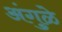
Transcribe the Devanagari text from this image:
अंगुळे